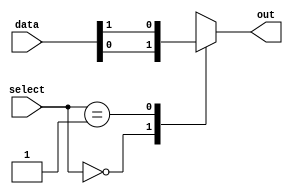
module mux_256to1 (
    input [255:0] data,
    input [7:0] select,
    output reg out
);

always @(*)
begin
    case (select)
        8'b00000000: out = data[0];
        8'b00000001: out = data[1];
        // Add cases for all 256 possible inputs
        // Example: 8'b11111110: out = data[254];
        //          8'b11111111: out = data[255];
        default: out = 1'bx; // output is undefined if select is out of range
    endcase
end

endmodule